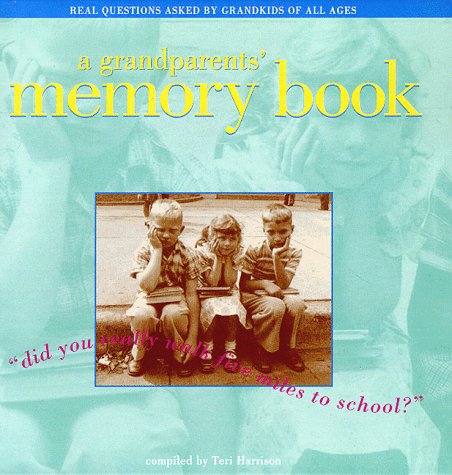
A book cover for Grandparents' Memory Book: Did You Really Walk Five Miles to School?; Teri Harrison; Parenting & Relationships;